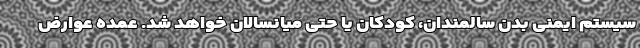
سیستم ایمنی بدن سالمندان، کودکان یا حتی میانسالان خواهد شد. عمده عوارض